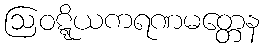
ဩဝဋ္ဋိယကရဏမတ္တေန